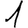
Digit: 1